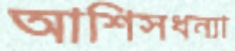
আশিসধন্যা